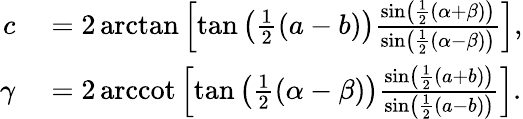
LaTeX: \begin{array}{rl}{c}&{{}=2\arctan\left[\tan\left({\frac{1}{2}}(a-b)\right){\frac{\sin\left({\frac{1}{2}}(\alpha+\beta)\right)}{\sin\left({\frac{1}{2}}(\alpha-\beta)\right)}}\right],}\\ {\gamma}&{{}=2\operatorname{arccot}\left[\tan\left({\frac{1}{2}}(\alpha-\beta)\right){\frac{\sin\left({\frac{1}{2}}(a+b)\right)}{\sin\left({\frac{1}{2}}(a-b)\right)}}\right].}\end{array}